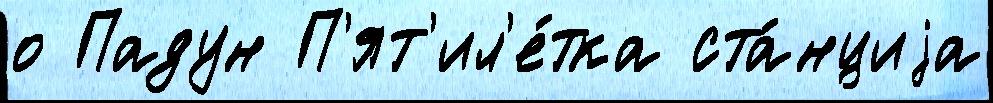
о Падун П'ят'ил'е́тка ста́нциjа